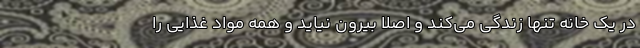
در یک خانه تنها زندگی می‌کند و اصلا بیرون نیاید و همه مواد غذایی را